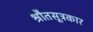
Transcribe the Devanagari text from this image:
श्रौतसूत्रकार